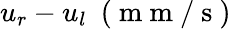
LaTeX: u_{r}-u_{l}~\mathrm{~(~m~m~/~s~)~}